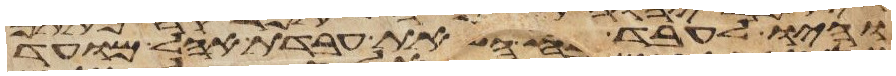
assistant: והיו לעבד את עבדת אהל מועד